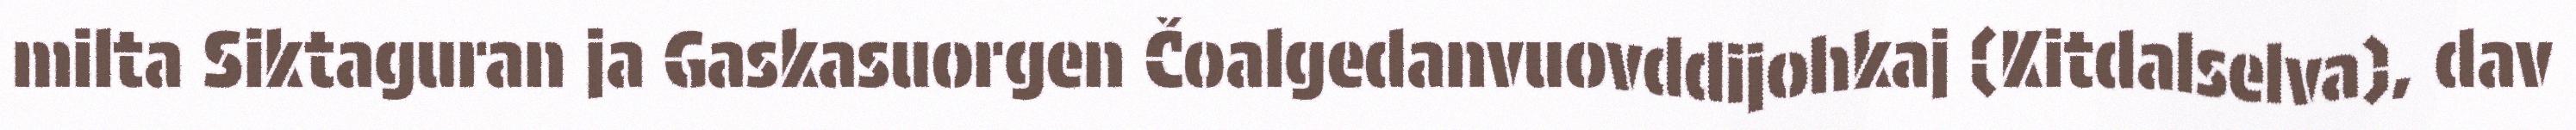
milta Siktaguran ja Gaskasuorgen Čoalgedanvuovddijohkaj (Kitdalselva), dav